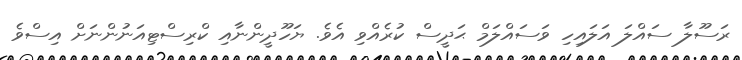
ރަސޫލާ ސައްލަ އަލައިހި ވަސައްލަމް ޙަދީސް ކުރެއްވި އެވެ. ޔަހޫދީންނާއި ކްރިސްޓިއަނުންނަށް އިސްވެ